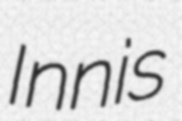
Innis